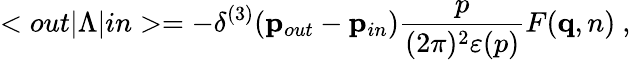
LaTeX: <out|\Lambda|in>=-\delta^{(3)}({\mathbf p}_{out}-{\mathbf p}_{in})\frac{p}{(2\pi)^{2}\varepsilon(p)}F({\mathbf q,n})~,